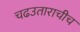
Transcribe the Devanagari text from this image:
चढउताराचीच